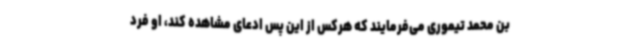
بن محمد تیموری می‌فرمایند که هرکس از این پس ادعای مشاهده کند، او فرد